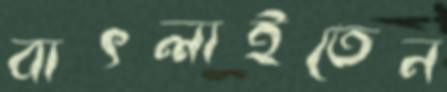
বাৎলাইতেন